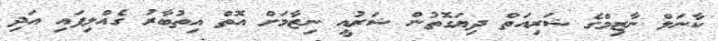
ކާނަލް ނާޒިމްގެ ޝަރިއަތް ދިޔަގޮތުން ޝަރުއީ ނިޒާމަށް އޮތް އިތުބާރު ގެއްލިފައި އަދި